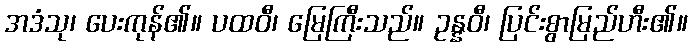
အဒံသု၊ ပေးကုန်၏။ ပထဝီ၊ မြေကြီးသည်။ ဥန္နဝီ၊ ပြင်းစွာမြည်ဟီး၏။